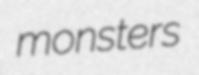
monsters